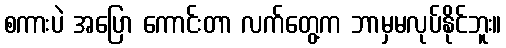
စကားပဲ အပြော ကောင်းတာ လက်တွေ့က ဘာမှမလုပ်နိုင်ဘူး။